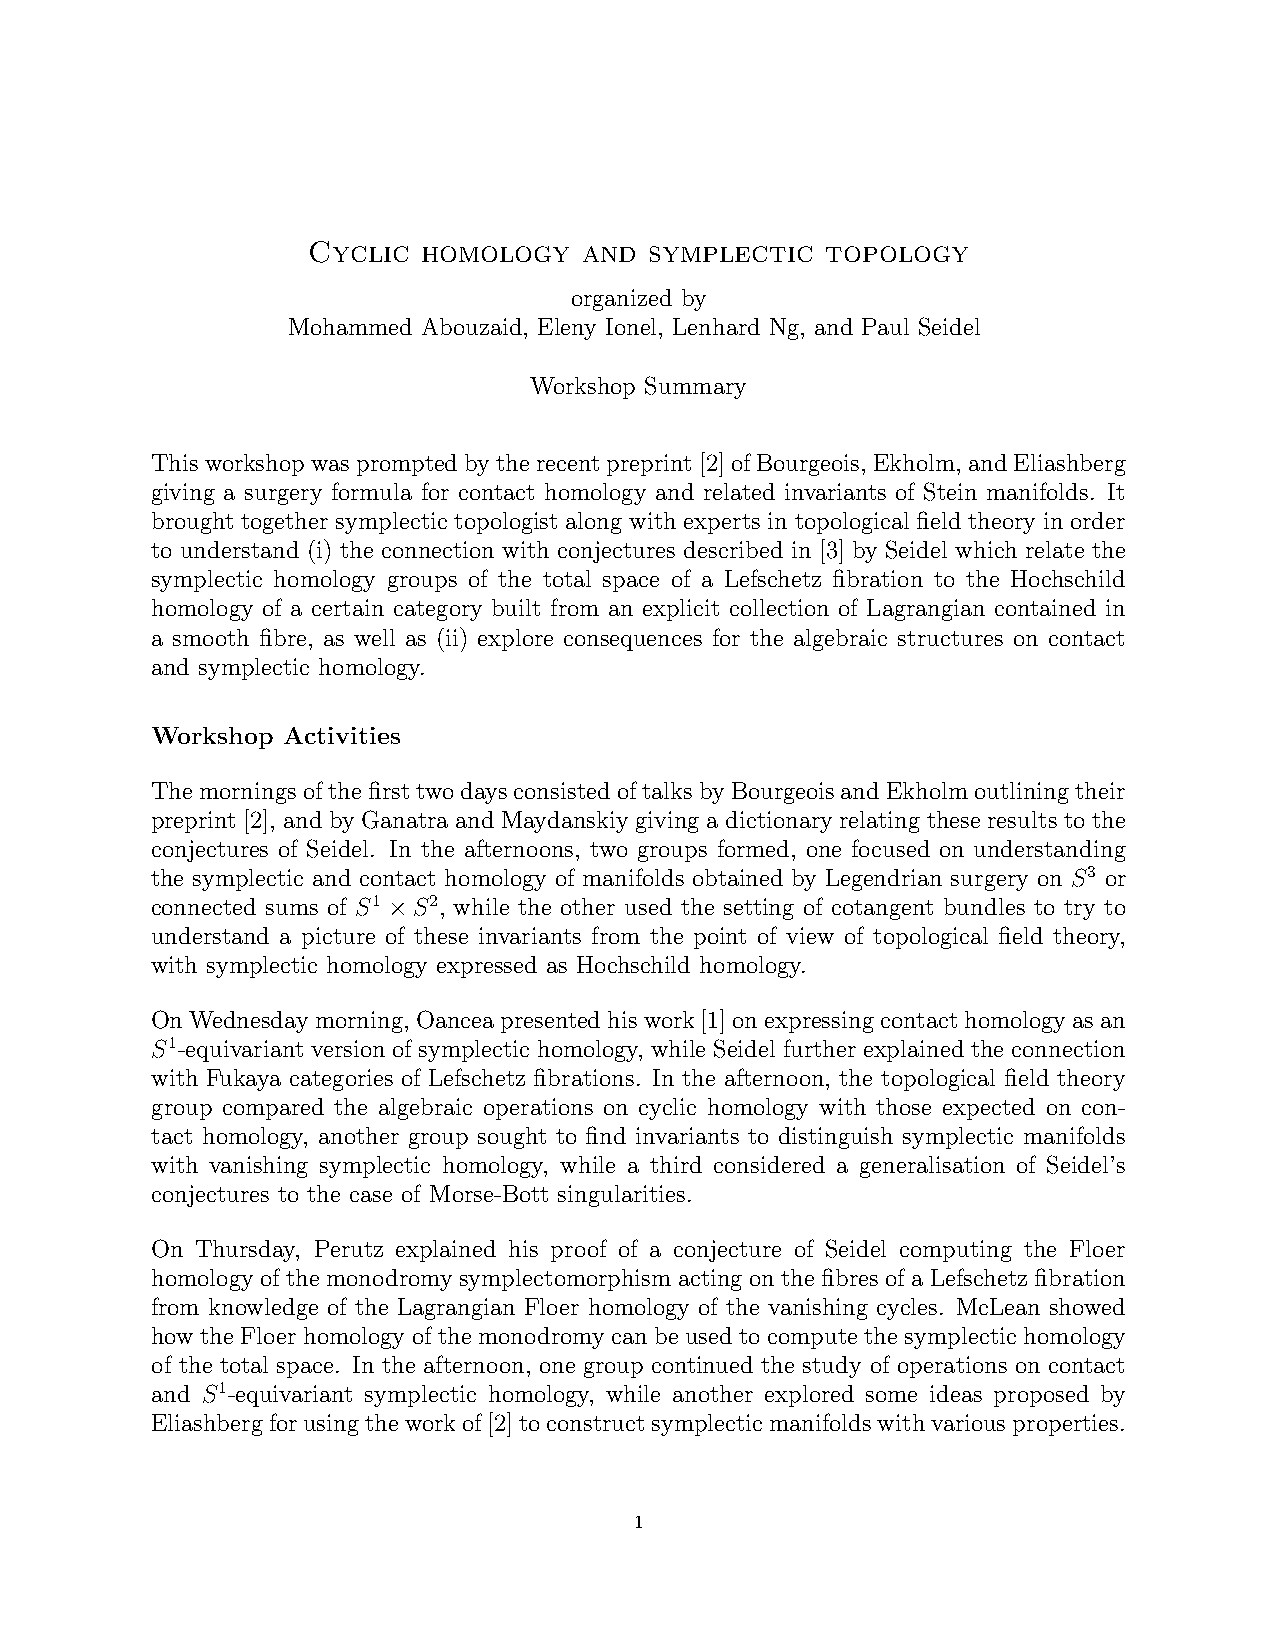
Cyclic  homology   and symplectic  topology
 organized by
 Mohammed Abouzaid, Eleny Ionel, Lenhard Ng, and Paul Seidel
 Workshop Summary
 Thisworkshopwaspromptedbytherecentpreprint[2]ofBourgeois, Ekholm, andEliashberg
 giving a surgery formula for contact homology and related invariants of Stein manifolds. It
 brought together symplectic topologist along with experts in topological field theory in order
 to understand (i) the connection with conjectures described in [3] by Seidel which relate the
 symplectic homology groups of the total space of a Lefschetz fibration to the Hochschild
 homology of a certain category built from an explicit collection of Lagrangian contained in
 a smooth fibre, as well as (ii) explore consequences for the algebraic structures on contact
 and symplectic homology.
 Workshop Activities
 ThemorningsofthefirsttwodaysconsistedoftalksbyBourgeoisandEkholmoutliningtheir
 preprint [2], and by Ganatra and Maydanskiy giving a dictionary relating these results to the
 conjectures of Seidel. In the afternoons, two groups formed, one focused on understanding
 the symplectic and contact homology of manifolds obtained by Legendrian surgery on S3 or
 connected sums of S1 ×S2, while the other used the setting of cotangent bundles to try to
 understand a picture of these invariants from the point of view of topological field theory,
 with symplectic homology expressed as Hochschild homology.
 OnWednesdaymorning, Oanceapresentedhiswork[1]onexpressingcontacthomologyasan
 S1-equivariant version of symplectic homology, while Seidel further explained the connection
 with Fukaya categories of Lefschetz fibrations. In the afternoon, the topological field theory
 group compared the algebraic operations on cyclic homology with those expected on con-
 tact homology, another group sought to find invariants to distinguish symplectic manifolds
 with vanishing symplectic homology, while a third considered a generalisation of Seidel’s
 conjectures to the case of Morse-Bott singularities.
 On Thursday, Perutz explained his proof of a conjecture of Seidel computing the Floer
 homology of the monodromy symplectomorphism acting on the fibres of a Lefschetz fibration
 from knowledge of the Lagrangian Floer homology of the vanishing cycles. McLean showed
 how the Floer homology of the monodromy can be used to compute the symplectic homology
 of the total space. In the afternoon, one group continued the study of operations on contact
 and S1-equivariant symplectic homology, while another explored some ideas proposed by
 Eliashbergforusingtheworkof[2]toconstructsymplecticmanifoldswithvariousproperties.
 1